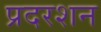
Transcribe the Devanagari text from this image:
प्रदरशन